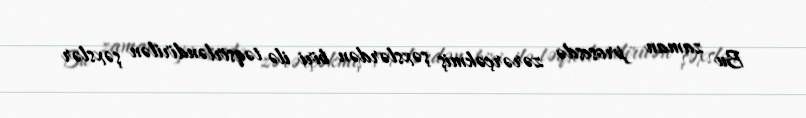
Bu zaman prosesdə zərərçəkmiş şəxslərdən biri ilə təqsirləndirilən şəxslər